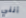
أنني